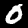
Digit: 0